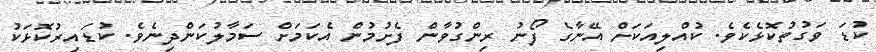
ކުޑަ ވަގުތުކޮޅެކެވެ. ކުއްލިއަކަށް އޭނާގެ ފޯނު ރިންގުވާން ފެށުމުން އެކަމަށް ސަމާލުކަންދިނެވެ. ކުޑައިރުކޮޅަކު